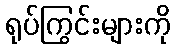
ရုပ်ကြွင်းများကို